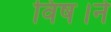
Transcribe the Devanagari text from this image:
विष।ने